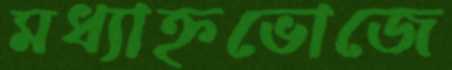
মধ্যাহ্নভোজে